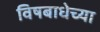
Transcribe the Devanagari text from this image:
विषबाधेच्या